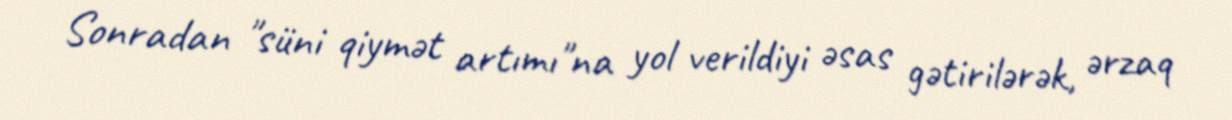
Sonradan "süni qiymət artımı"na yol verildiyi əsas gətirilərək, ərzaq